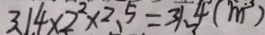
3 . 1 4 \times 2 ^ { 2 } \times 2 . 5 = 3 1 . 4 ( m ^ { 3 } )